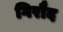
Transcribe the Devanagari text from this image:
गिरौद